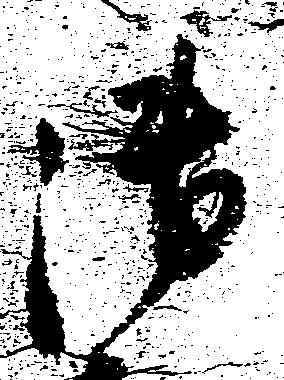
御